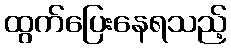
ထွက်ပြေးနေရသည့်